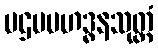
ပဌမမဟဒ္ဓနသုတ္တံ